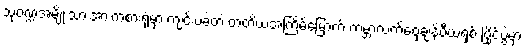
သုဝဏ္ဍအမျိုးသားအားကစားရုံမှာ ကျင်းပခဲ့တဲ့ တတိယအကြိမ်မြောက် ကမ္ဘာ့လက်ဝှေ့ချန်ပီယံရှစ် ပြိုင်ပွဲမှာ